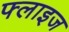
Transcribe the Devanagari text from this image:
फ्लाइज